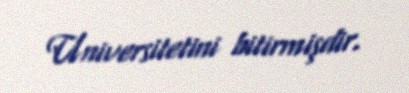
Universitetini bitirmişdir.